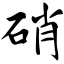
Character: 硝